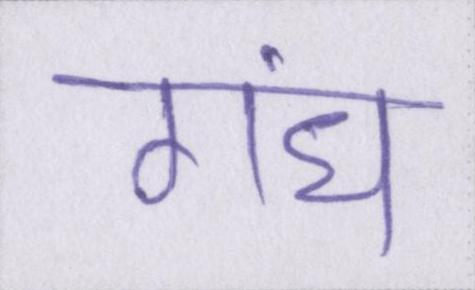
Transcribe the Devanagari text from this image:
गंध